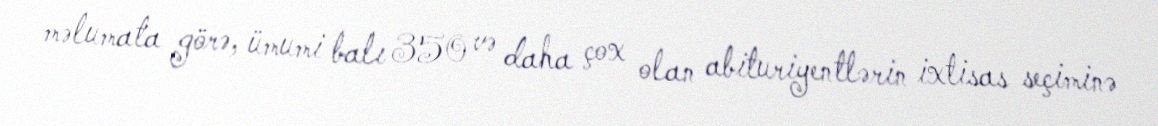
məlumata görə, ümumi balı 350 və daha çox olan abituriyentlərin ixtisas seçiminə